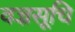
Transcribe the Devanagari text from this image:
वज्रसूचि